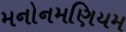
મનોનમણિયમ